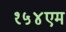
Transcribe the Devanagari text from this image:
१५४एम